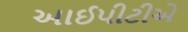
આઈપીટીએ